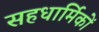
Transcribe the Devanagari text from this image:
सहधार्मिकों